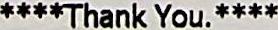
****THANK YOU.****